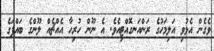
ވެގެން އެޅުވި އަލިމަހުގެ ރަންއަނގޮއްޓިއެވެ. އެ ނޫން ހުރިހާ އެއްޗެއް ލޫންގެ ބައްޕަގެ